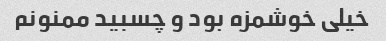
خیلی خوشمزه بود و چسبید ممنونم